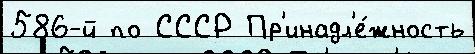
586-й по СССР Пр'инадл'е́жность